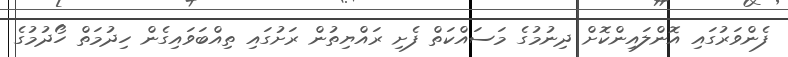
ފެންވަރުގައި އޮންލައިންކޮށް ދިނުމުގެ މަސައްކަތް ފެށި ރައްޔިތުން ރަށުގައި ތިއްބަވައިގެން ހިދުމަތް ހޯދުމުގެ